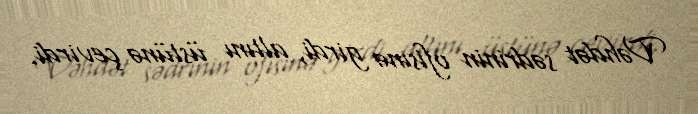
Vəhdət sədrinin ofisinə girdi, altını üstünə çevirdi.